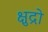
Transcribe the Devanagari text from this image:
क्षुद्रो